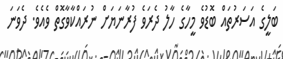
ބަލީގެ އަސަރުތައް ބޮޑުވެ މީހާގެ ހާލު ދެރަވެ ފުރާނަޔަށް ނުރައްކާވާގޮތް ވެއެވެ. ދެވަނަ